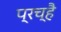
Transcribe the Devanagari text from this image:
प्रच्है